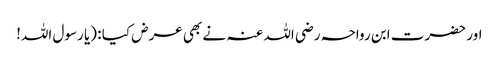
اور حضرت ابن رواحہ رضی اللہ عنہ نے بھی عرض کیا : (یا رسول اللہ!